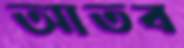
আতব